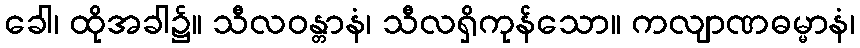
ခေါ၊ ထိုအခါ၌။ သီလဝန္တာနံ၊ သီလရှိကုန်သော။ ကလျာဏဓမ္မာနံ၊